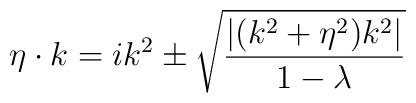
\eta\cdot k=ik^2\pm\sqrt{{|(k^2+\eta^2)k^2|\over{1-\lambda}}}